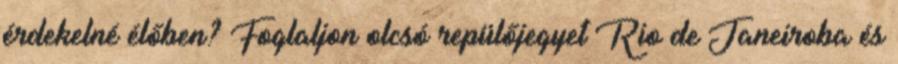
érdekelné élőben? Foglaljon olcsó repülőjegyet Rio de Janeiroba és